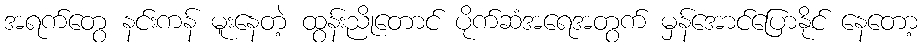
အရက်တွေ နင်းကန် မူးနေတဲ့ ထွန်းညိုတောင် ပိုက်ဆံအရေအတွက် မှန်အောင်ပြောနိုင် နေတော့